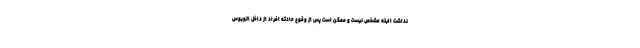
نداشت البته مشخص نیست و ممکن است پس از وقوع حادثه افراد از داخل اتوبوس